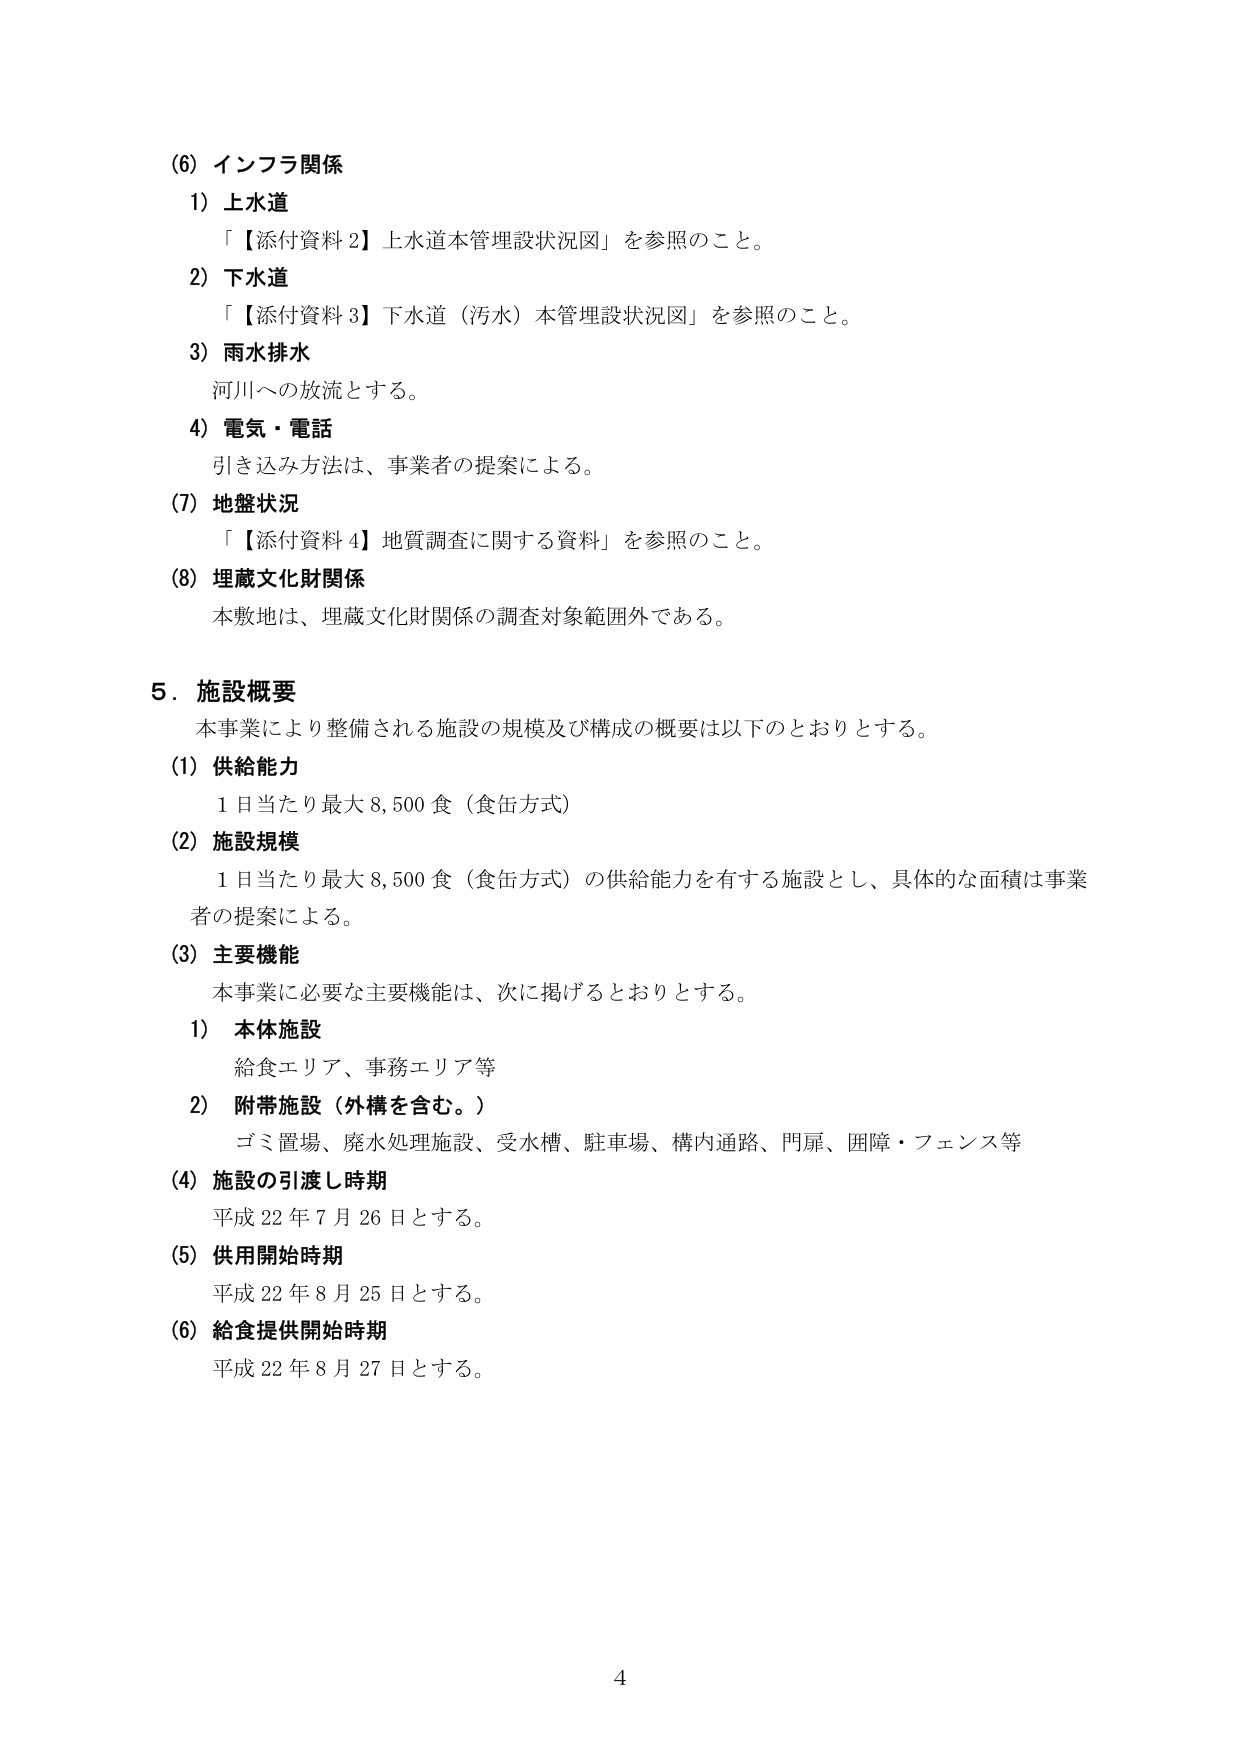
(6) インフラ関係
1) 上水道
　「【添付資料2】上水道本管理設状況図」を参照のこと。
2) 下水道
　「【添付資料3】下水道（汚水）本管埋設状況図」を参照のこと。
3) 雨水排水
　河川への放流とする。
4) 電気・電話
　引き込み方法は、事業者の提案による。
(7) 地盤状況
　「【添付資料4】地質調査に関する資料」を参照のこと。
(8) 埋蔵文化財関係
　本敷地は、埋蔵文化財関係の調査対象範囲外である。

5．施設概要
　本事業により整備される施設の規模及び構成の概要は以下のとおりとする。
(1) 供給能力
　1日当たり最大8,500食（食缶方式）
(2) 施設規模
　1日当たり最大8,500食（食缶方式）の供給能力を有する施設とし、具体的な面積は事業者の提案による。
(3) 主要機能
　本事業に必要な主要機能は、次に掲げるとおりとする。
　1) 本体施設
　　給食エリア、事務エリア等
　2) 附帯施設（外構を含む。）
　　ゴミ置場、廃水処理施設、受水槽、駐車場、構内通路、門扉、囲障・フェンス等
(4) 施設の引渡し時期
　平成22年7月26日とする。
(5) 供用開始時期
　平成22年8月25日とする。
(6) 給食提供開始時期
　平成22年8月27日とする。

4